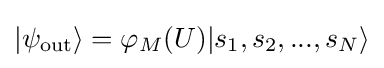
|\psi _{\text{out}}\rangle =\varphi _{M}(U)|s_{1},s_{2},...,s_{N}\rangle